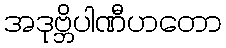
အဒုဗ္ဘိပါဏီဟတော